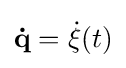
\mathbf {\dot {q}} ={\dot {\xi }}(t)